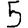
Digit: 5